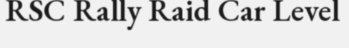
RSC Rally Raid Car Level